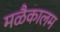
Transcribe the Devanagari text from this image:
मळैकालम